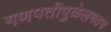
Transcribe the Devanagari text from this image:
गणपतीपुळेलगतच